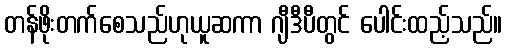
တန်ဖိုးတက်စေသည်ဟုယူဆကာ ဂျီဒီပီတွင် ပေါင်းထည့်သည်။